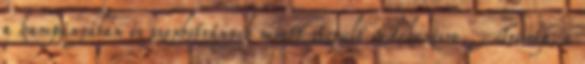
a kampányában és szexbotrányok miatt szorult védekezésre. Trump, a